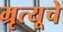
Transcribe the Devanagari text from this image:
म्रृत्यूचे